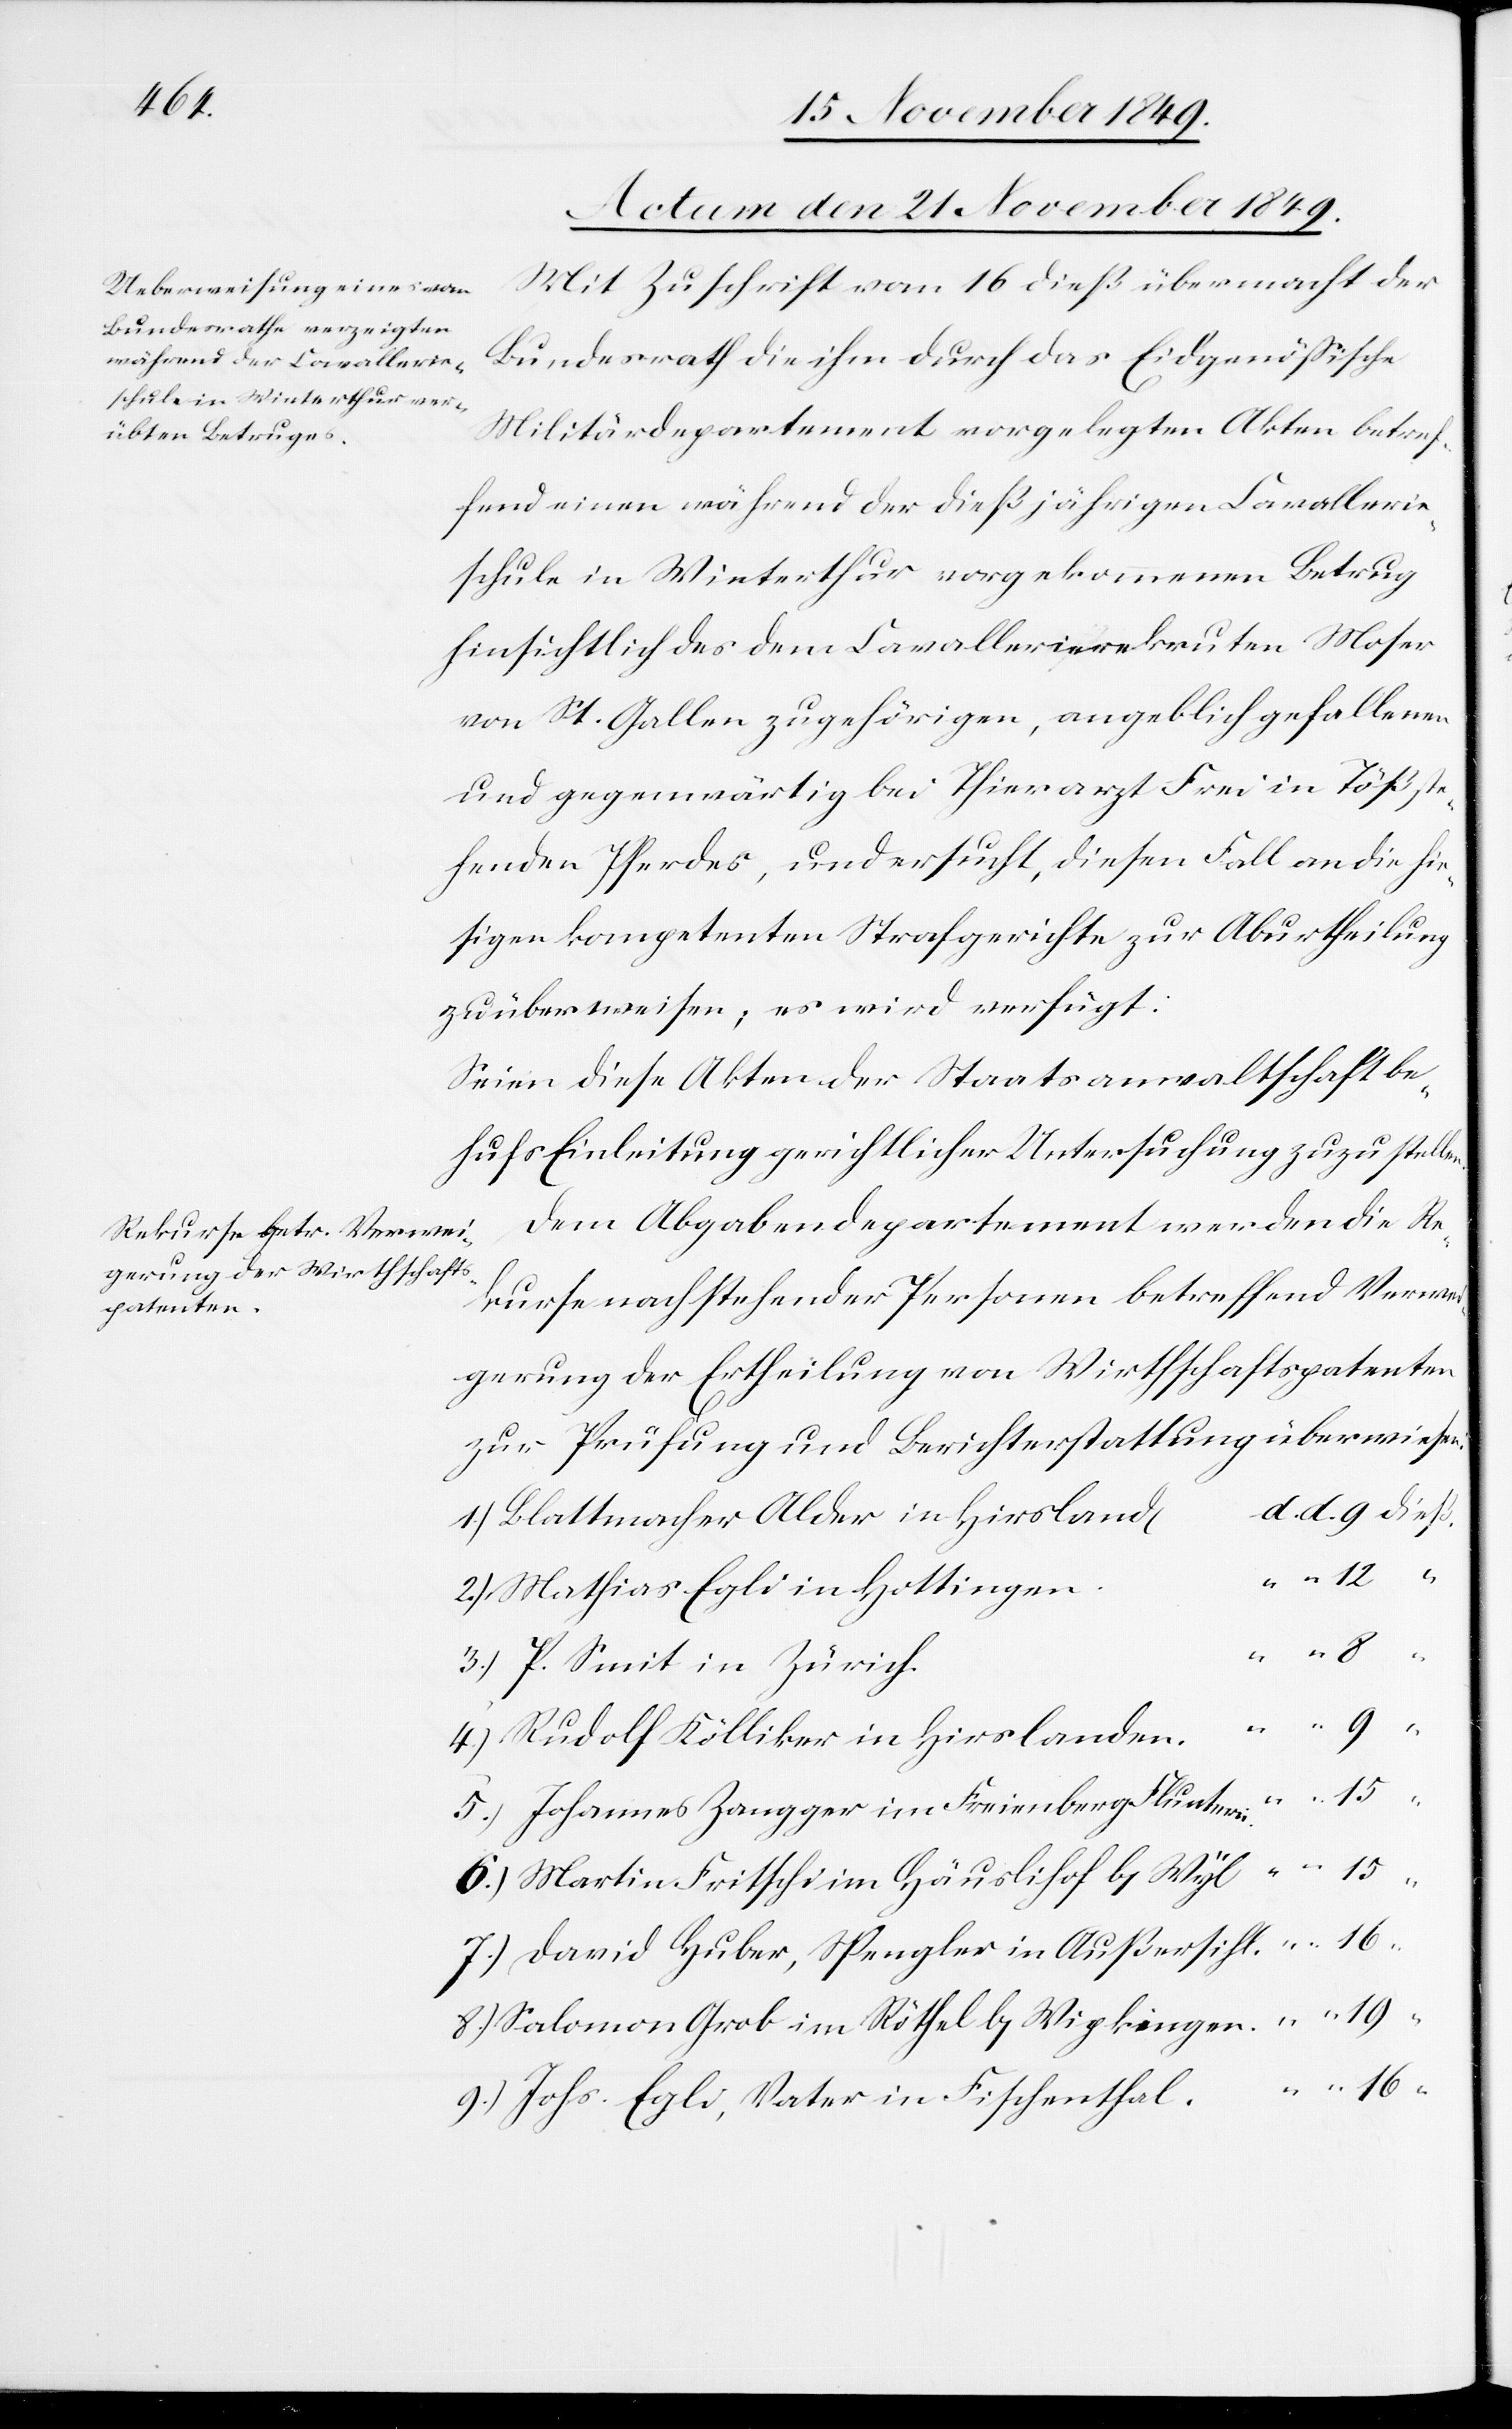
l.				d.
Actum den 21 November 1849.]
Mit Zuschrift vom 16 dieß übermacht der
Bundesrath die ihm durch das Eidgenößische
Militärdepartement vorgelegten Akten betref¬
fend einen während der dießjährigen Cavallerie¬
schule in Winterthur vorgekommenen Betrug
hinsichtlich dem Cavallerierekruten Moser
von St. Gallen zugehörigen, angeblich gefallenen
und gegenwärtig bei Thierarzt Frei in Töß ste¬
henden Pferdes, und ersucht, diesen Fall an die hie¬
sigen kompetenten Strafgerichte zur Aburtheilung
zu überweisen, es wird verfügt:
Seien diese Akten der Staatsanwaltschaft be¬
hufs Einleitung gerichtlicher Untersuchung zuzustelle¬
Dem Abgabendepartement werden die Re¬
kurse nachstehender Personen betreffend Verwei¬
gerung der Ertheilung von Wirthschaftspatenten
d. 9 dieß.
1.) Blattmacher Alder in Hirsland[e¬
d. 16 “
2.) Mathias Egli in Hottinge¬
n				d.
4.) Rudolf Kölliker in Hirslande¬
n.				d.
5.) Johannes Zangger im Freienberg Flunter¬
6.) Martin Fritschi im Häuslihof b. Wyl				d.
7.) David Huber, Spengler in Außersihl.				d.
8.) Solomon Grob in Röthel b. Wipkingen				d.
9.) Johs. Egli, Vater in Fischentha¬